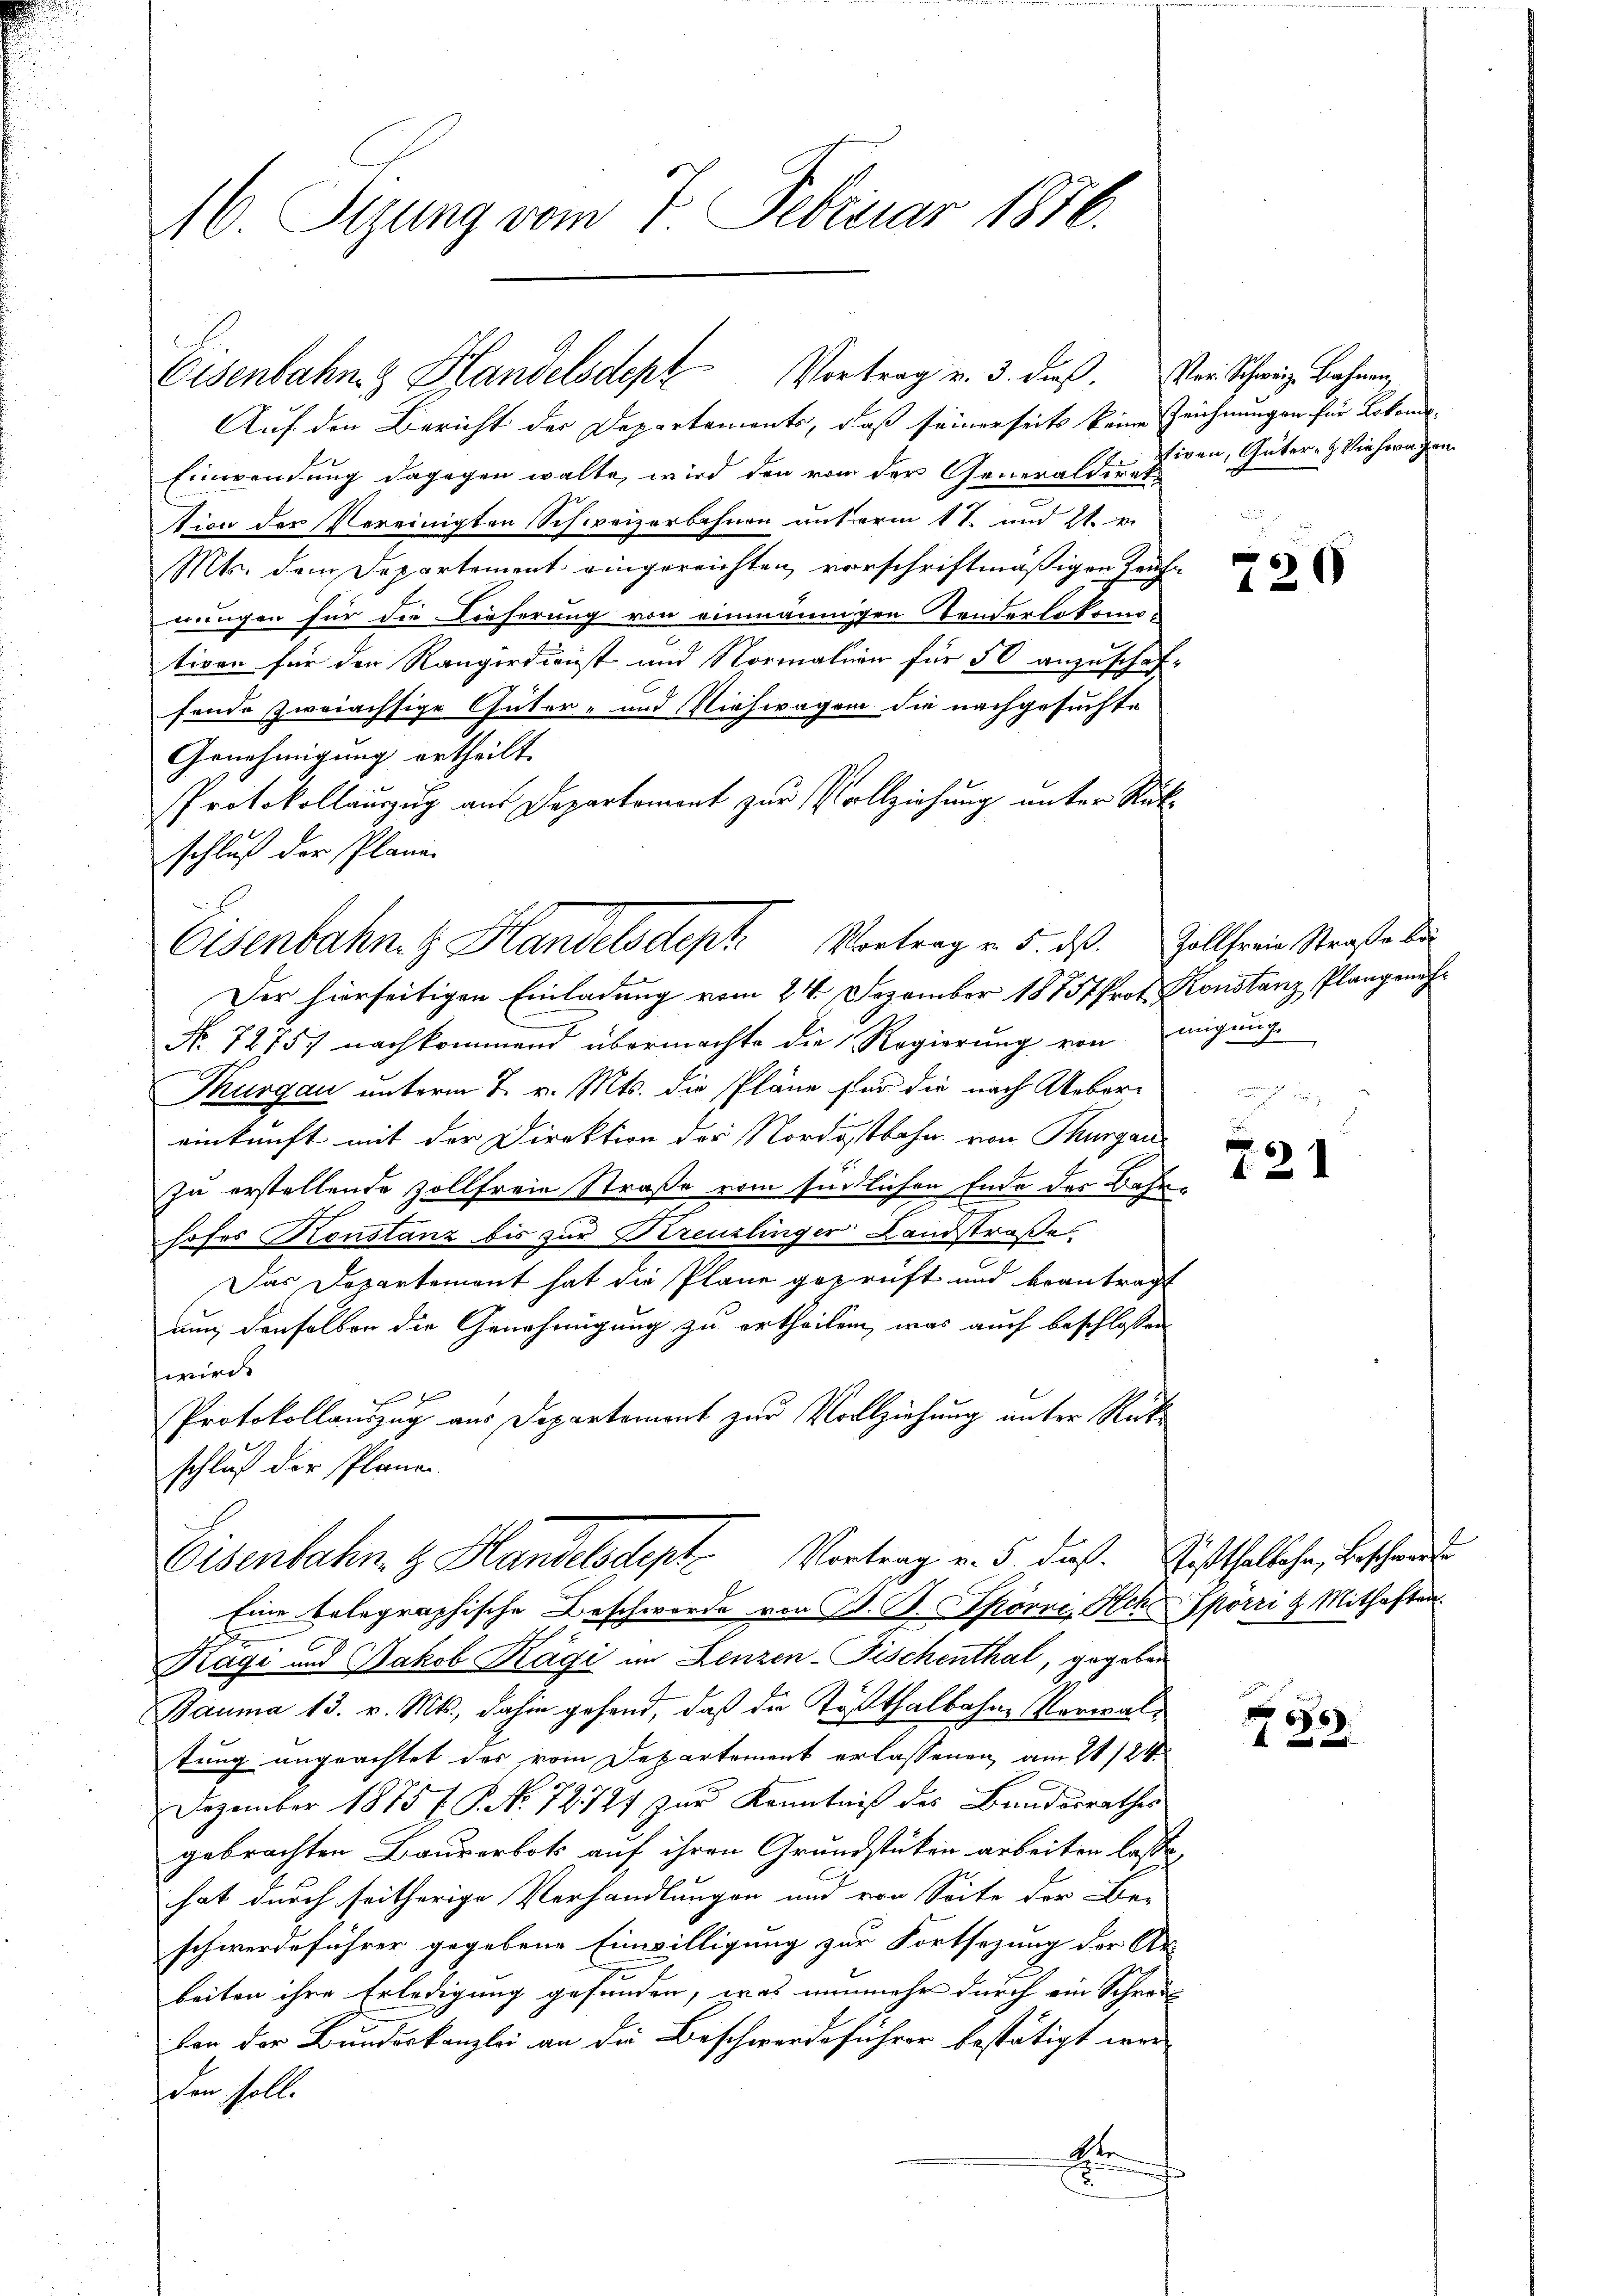
16. Sizung vom 7. Februar 1876.

Eisenbahn & Handelsdept Vortrag v. 3. dieß. Von Schweiz. Bahnen,

Auf den Bericht der Departements, daß seinerseits keine Zeichnungen für Lokomo¬
Einwendung dagegen walte, wird den von der Generalden Eigen, Güter- & Viehwagen
tion der Vereinigten Schweizerbahnen unterm 1te und 21. v.
Mts. dem Departement eingereichten, vorschriftmäßigen Früherungen für die Dorserung von einmannigen Tenderlokomo-
tiven für den Rangerdienst und Normalien für 50 anzuschaffende zweiächsige Güter- und Viehwagen die nachgesuchte
Genehmigung ertheilt.
Protokollauszug aus Departement zur Vollziehung unter Rükschluß der Plani-
Der hierseitigen Einladung vom 24. Dezember 18757 Prof. Konstanz Plangeneh¬
No. 72757 nachkommend übermachte die Regierŭng von migŭng
Thurgau unterm 7. v. Mts. die Pläne für die nach Ueber-
einkunft mit der Direktion der Nordostbahn von Thurgau
zu erstellende Zollfreie Straße vom südlichen Ende des Bahnhofes Konstanz bis zur Bereuzlinger Landstraße
Das Departement hat die Plane geprüft und beantragt
uun, denselben die Genehmigung zu ertheilen, was auch beschlossen
wird.
Protokollauszug aus Departement zur Vollziehung unter Rükschluß der Plane
Eisenbahn. H. Handelsdept Vortrag v. 5. dieß. Bisthaltehe, bescheide
Eine belegraphische Beschwerde von B. B. Spörri, Sch. Spörri & Mithaften
Kägi und Jakob Kägi im Lenzen-Fischenthal, gegeben
Bauma 13. v. Mts., dahin gehend, daß die Tößthalbahne Verwaltung ungeachtet des vom Departement erlassenen, am 21/24.
Dezember 1875 f. P. No 72724 zur Kenntniß des Bundesrathes
gebrachten Baurerbot auf ihren Grundstüken arbeiten lasse,
hat durch seitherige Verhandlungen und von Seite der Be-
schwerdeführer gegebene Einwilligung zur Fortsezung der Ar-
beiten ihre Erledigung gefunden, was nunmehr durch ein Schrei
von der Bundeskanzlei an die Beschwerdeführer bestätigt werden soll.
E

Eisenbahn. G. Handelsdept Vortrag v. 5. dß. Zollfreie Straße de

720

n
12

6
122